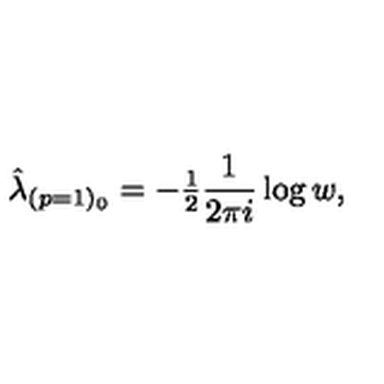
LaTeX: \hat { \lambda } _ { ( p = 1 ) _ { 0 } } = - { \textstyle \frac { 1 } { 2 } } \frac { 1 } { 2 \pi i } \log { w } ,